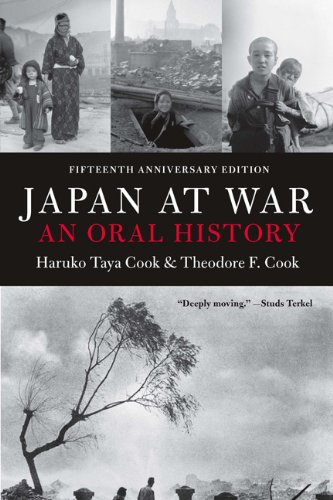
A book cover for Japan at War: An Oral History; Haruko Taya Cook; History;